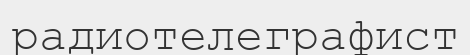
радиотелеграфист